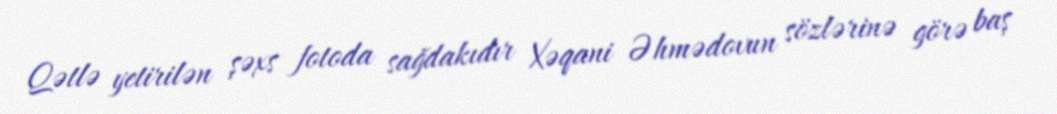
Qətlə yetirilən şəxs fotoda sağdakıdır Xəqani Əhmədovun sözlərinə görə baş